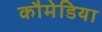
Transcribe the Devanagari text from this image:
कौमेडिया